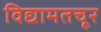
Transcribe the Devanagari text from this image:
विद्यामतचूर